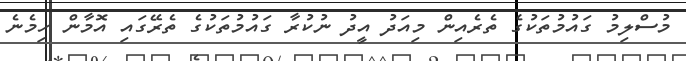
މުސްލިމު ގައުމުތަކުގެ ތެރެއިން މިއަދު އީދު ނުކުރާ ގައުމުތަކުގެ ތެރޭގައި އޮމާން ހިމެނެ